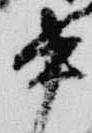
中